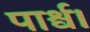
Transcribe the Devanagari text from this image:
पार्श्व।